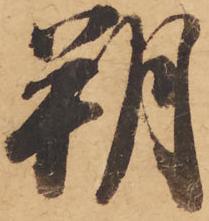
朔